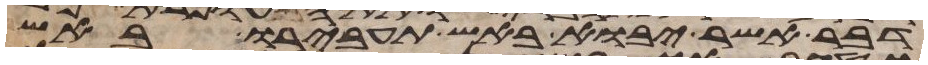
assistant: דבר אשר יבוא באש תעבירו באש